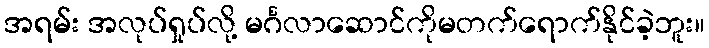
အရမ်း အလုပ်ရှုပ်လို့ မင်္ဂလာဆောင်ကိုမတက်ရောက်နိုင်ခဲ့ဘူး။